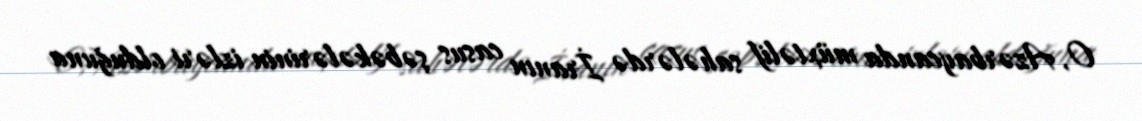
O, Azərbaycanda müxtəlif sahələrdə İranın casus şəbəkələrinin izləri olduğuna